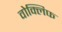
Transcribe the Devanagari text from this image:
वोक्लिफ